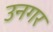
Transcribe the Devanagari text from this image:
उनगर